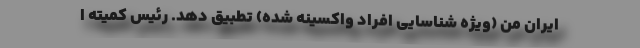
ایران من (ویژه شناسایی افراد واکسینه شده) تطبیق دهد. رئیس کمیته ا